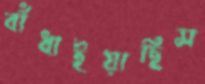
বাঁধাইয়াছিস